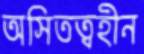
অসিতত্বহীন